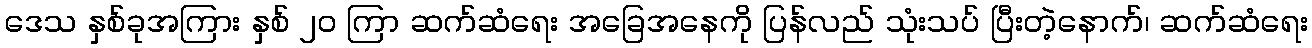
ဒေသ နှစ်ခုအကြား နှစ် ၂၀ ကြာ ဆက်ဆံရေး အခြေအနေကို ပြန်လည် သုံးသပ် ပြီးတဲ့နောက်၊ ဆက်ဆံရေး